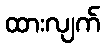
ထားလျက်